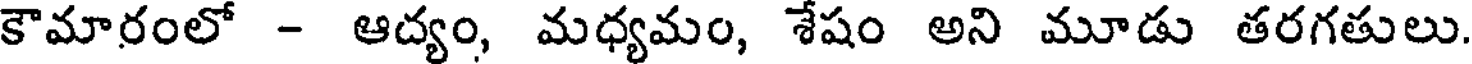
కౌమారంలో - ఆద్యం, మధ్యమం, శేషం అని మూడు తరగతులు.